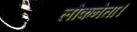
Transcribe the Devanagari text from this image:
लोकनेता।